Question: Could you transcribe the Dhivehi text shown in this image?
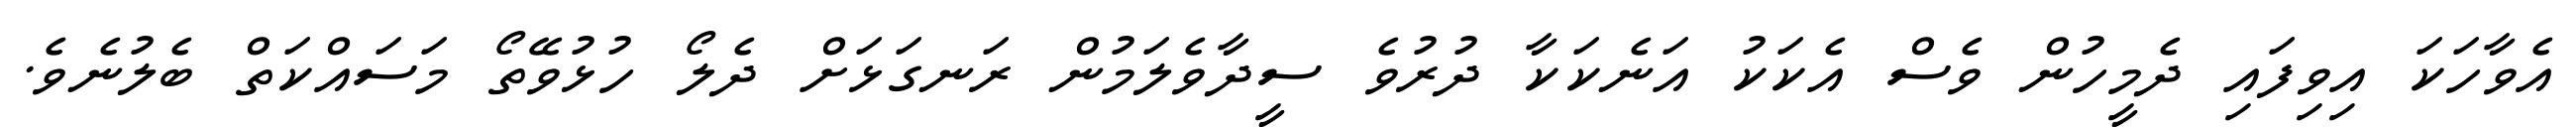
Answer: އެވާހަކަ އިވިފައި ދެމީހުން ވެސް އެކަކު އަނެކަކާ ދުރުވެ ސީދާވެލަމުން ރަނގަޅަށް ދެލޯ ހުޅުވޭތޯ މަސައްކަތް ބެލުނެވެ.